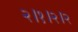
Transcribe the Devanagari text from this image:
२।१।२।२